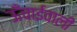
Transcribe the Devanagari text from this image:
ऊँचाईवाली